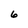
Character: 6